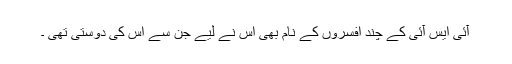
آئی ایس آئی کے چند افسروں کے نام بھی اُس نے لیے جن سے اُس کی دوستی تھی ۔